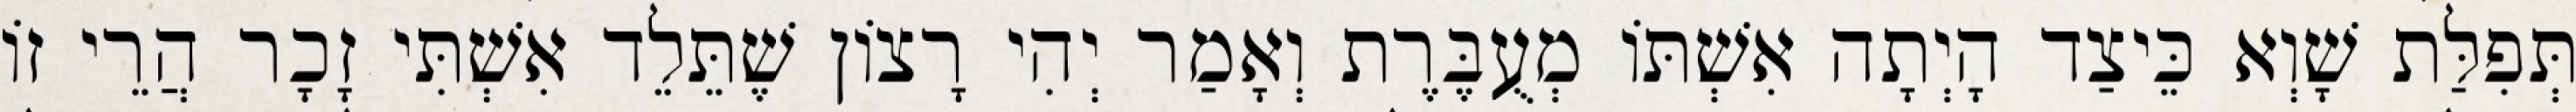
תְּפִלַּת שָׁוְא כֵּיצַד הָיְתָה אִשְׁתּוֹ מְעֻבֶּרֶת וְאָמַר יְהִי רָצוֹן שֶׁתֵּלֵד אִשְׁתִּי זָכָר הֲרֵי זוֹ